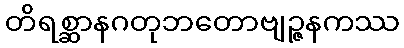
တိရစ္ဆာနဂတုဘတောဗျဉ္ဇနကဿ